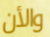
والأن